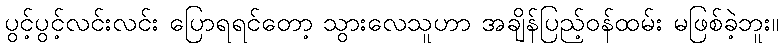
ပွင့်ပွင့်လင်းလင်း ပြောရရင်တော့ သွားလေသူဟာ အချိန်ပြည့်ဝန်ထမ်း မဖြစ်ခဲ့ဘူး။